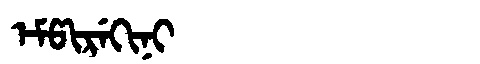
Manchu: ᡝᠮᡦᡳᡵᡝᡴᡳᠨᡳ
Romanization: EMPIREKINI